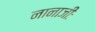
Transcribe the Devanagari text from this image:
नानाजीः